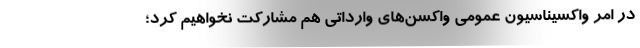
در امر واکسیناسیون عمومی واکسن‌های وارداتی هم مشارکت نخواهیم کرد؛